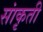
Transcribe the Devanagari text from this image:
सांकृती